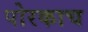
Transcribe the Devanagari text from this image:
पोरकाच